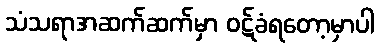
သံသရာအဆက်ဆက်မှာ ဝဋ်ခံရတော့မှာပါ